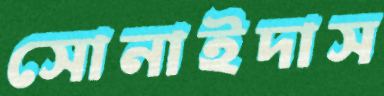
সোনাইদাস